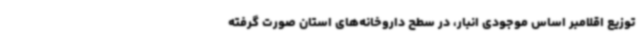
توزیع اقلامبر اساس موجودی انبار، در سطح داروخانه‌های استان صورت گرفته